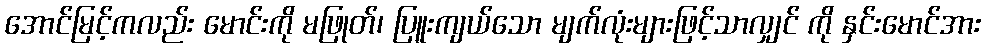
အောင်မြင့်ကလည်း မောင်းကို မဖြုတ်၊ ပြူးကျယ်သော မျက်လုံးများဖြင့်သာလျှင် ကို နှင်းမောင်အား